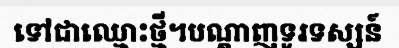
ទៅជាឈ្មោះថ្មី។បណ្តាញទូរទស្សន៍